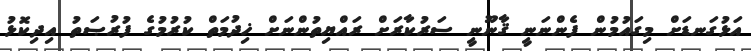
އަޅުގަނޑަށް މިގައުމުން ފެންނަނީ ޤާނޫނީ ސަރުކާރަށް ރައްޔިތުންނަށް ޚިދުމަތް ކުރުމުގެ ފުރުޞަތު އިދިކޮޅު